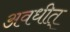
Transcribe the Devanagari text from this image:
अवधीत्‌